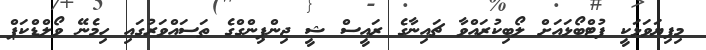
މިފިޔަވަޅަކީ ފުޓްބޯޅައަށް ލޯބިކުރައްވާ ޗައިނާގެ ރައީސް ޝީ ޖިންޕިންގްގެ ތަސައްވަރުގައި ހިމެނޭ ވޯލްޑްކަޕް